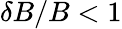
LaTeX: \delta B/B<1